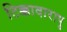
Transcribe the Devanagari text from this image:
टिक्कावारापु